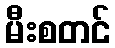
မီးစတင်